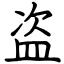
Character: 盗